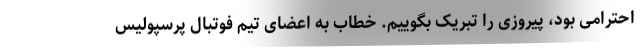
احترامی بود، پیروزی را تبریک بگوییم. خطاب به اعضای تیم فوتبال پرسپولیس